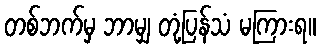
တစ်ဘက်မှ ဘာမျှ တုံ့ပြန်သံ မကြားရ။